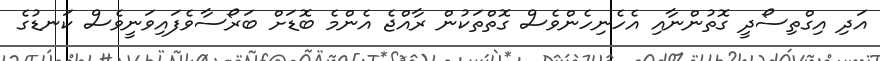
އަދި އިގްތިސޯދީ ގޮތުންނާއި އެހެނިހެންވެސް ގޮތްތަކުން ރާއްޖެ އެންމެ ބޮޑަށް ބަރޯސާވެފައިވަނީވެސް ކަނޑުގެ